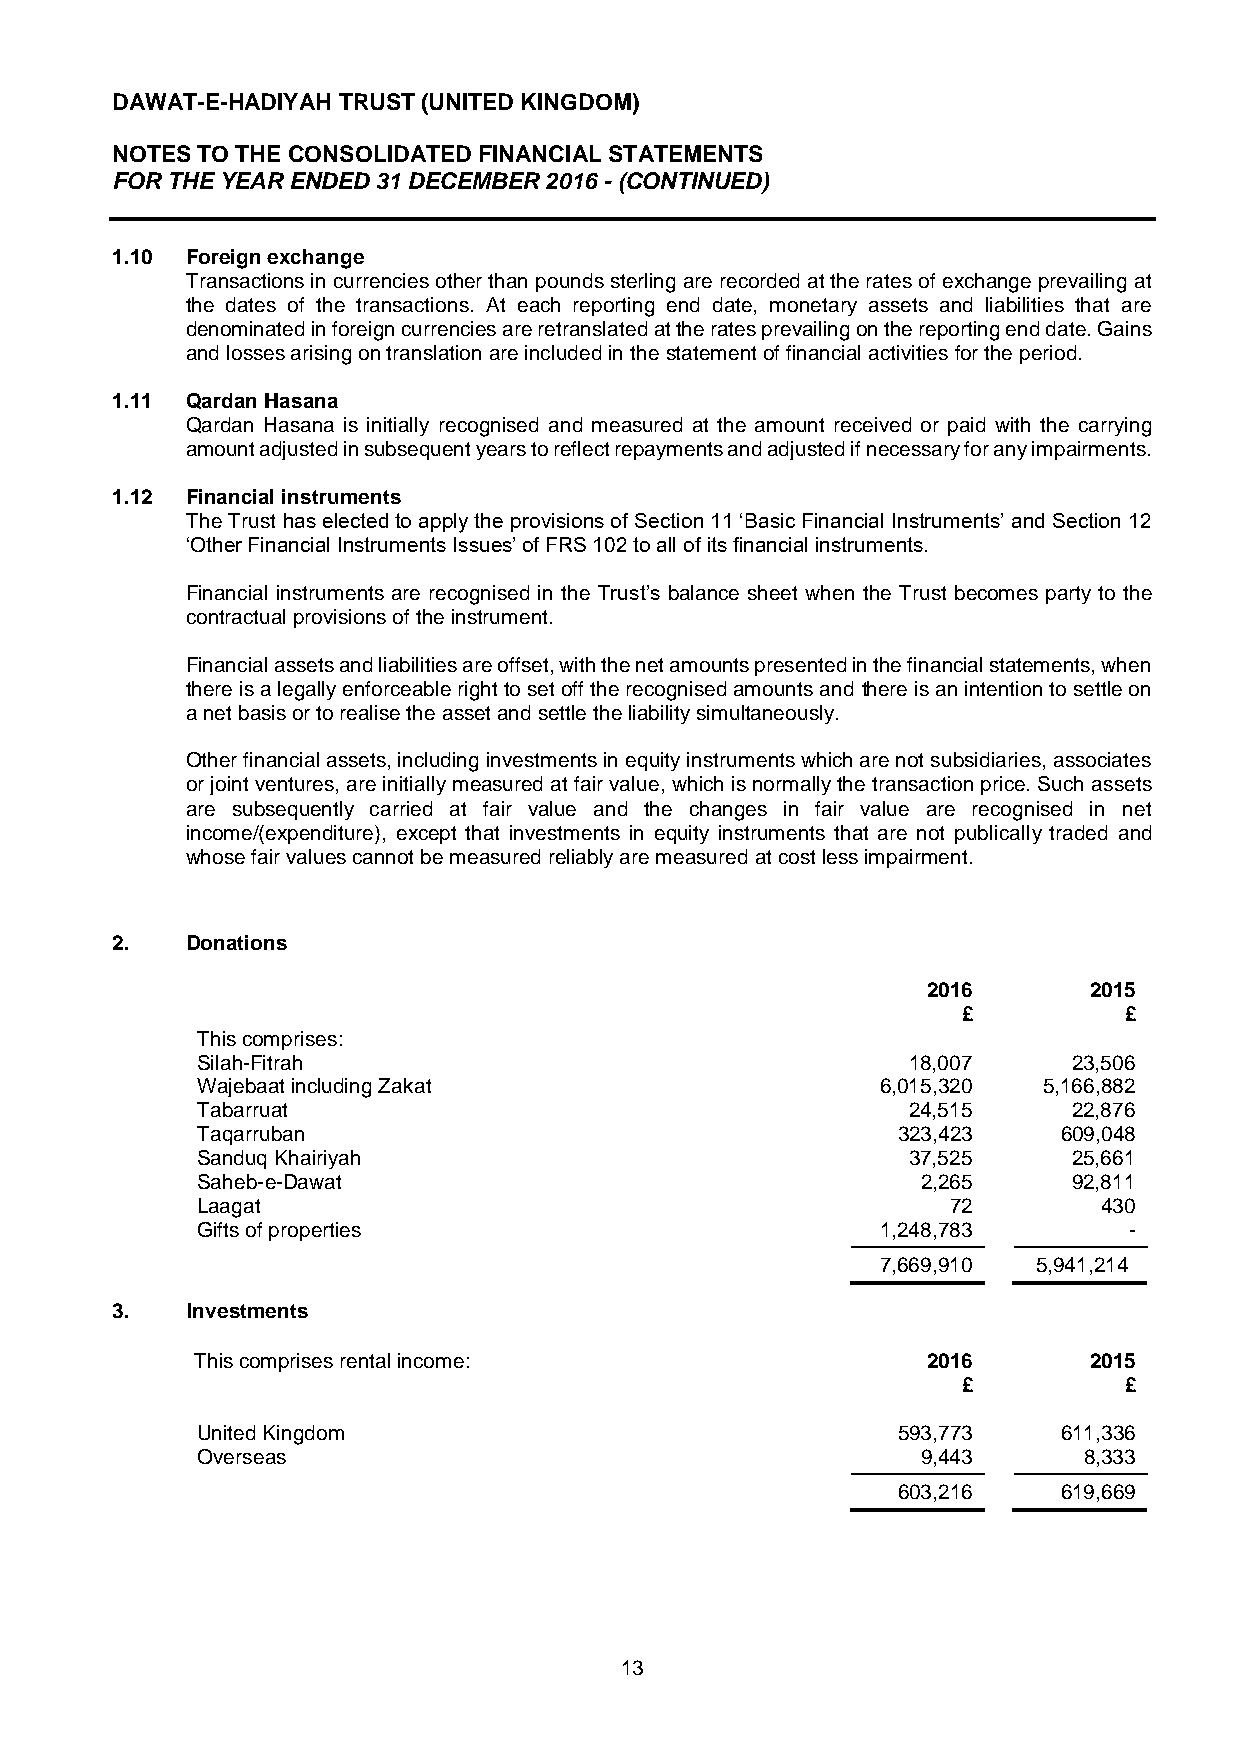
DAWAT-E-HADIYAH TRUST (UNITED KINGDOM)
 NOTES TO THE CONSOLIDATED FINANCIAL STATEMENTS
 FOR THE YEAR ENDED 31 DECEMBER 2016 - (CONTINUED)
 1.10 Foreign exchange
 Transactions in currencies other than pounds sterling are recorded at the rates of exchange prevailing at
 the dates of the transactions. At each reporting end date, monetary assets and liabilities that are
 denominated in foreign currencies are retranslated at the rates prevailing on the reporting end date. Gains
 and losses arising on translation are included in the statement of financial activities for the period.
 1.11 Qardan Hasana
 Qardan Hasana is initially recognised and measured at the amount received or paid with the carrying
 amount adjusted in subsequent years to reflect repayments and adjusted if necessary for any impairments.
 1.12 Financial instruments
 The Trust has elected to apply the provisions of Section 11 ‘Basic Financial Instruments’ and Section 12
 ‘Other Financial Instruments Issues’ of FRS 102 to all of its financial instruments.
 Financial instruments are recognised in the Trust’s balance sheet when the Trust becomes party to the
 contractual provisions of the instrument.
 Financial assets and liabilities are offset, with the net amounts presented in the financial statements, when
 there is a legally enforceable right to set off the recognised amounts and there is an intention to settle on
 a net basis or to realise the asset and settle the liability simultaneously.
 Other financial assets, including investments in equity instruments which are not subsidiaries, associates
 or joint ventures, are initially measured at fair value, which is normally the transaction price. Such assets
 are subsequently carried at fair value and the changes in fair value are recognised in net
 income/(expenditure), except that investments in equity instruments that are not publically traded and
 whose fair values cannot be measured reliably are measured at cost less impairment.
 2.   Donations
 2016       2015
 £         £
 This comprises:
 Silah-Fitrah                                   18,007     23,506
 Wajebaat including Zakat                     6,015,320  5,166,882
 Tabarruat                                      24,515     22,876
 Taqarruban                                    323,423    609,048
 Sanduq Khairiyah                               37,525     25,661
 Saheb-e-Dawat                                   2,265     92,811
 Laagat                                            72        430
 Gifts of properties                          1,248,783        -
 7,669,910  5,941,214)
 3.   Investments
 This comprises rental income:                   2016       2015
 £         £
 United Kingdom                                593,773    611,336
 Overseas                                        9,443      8,333
 603,216    619,669
 13